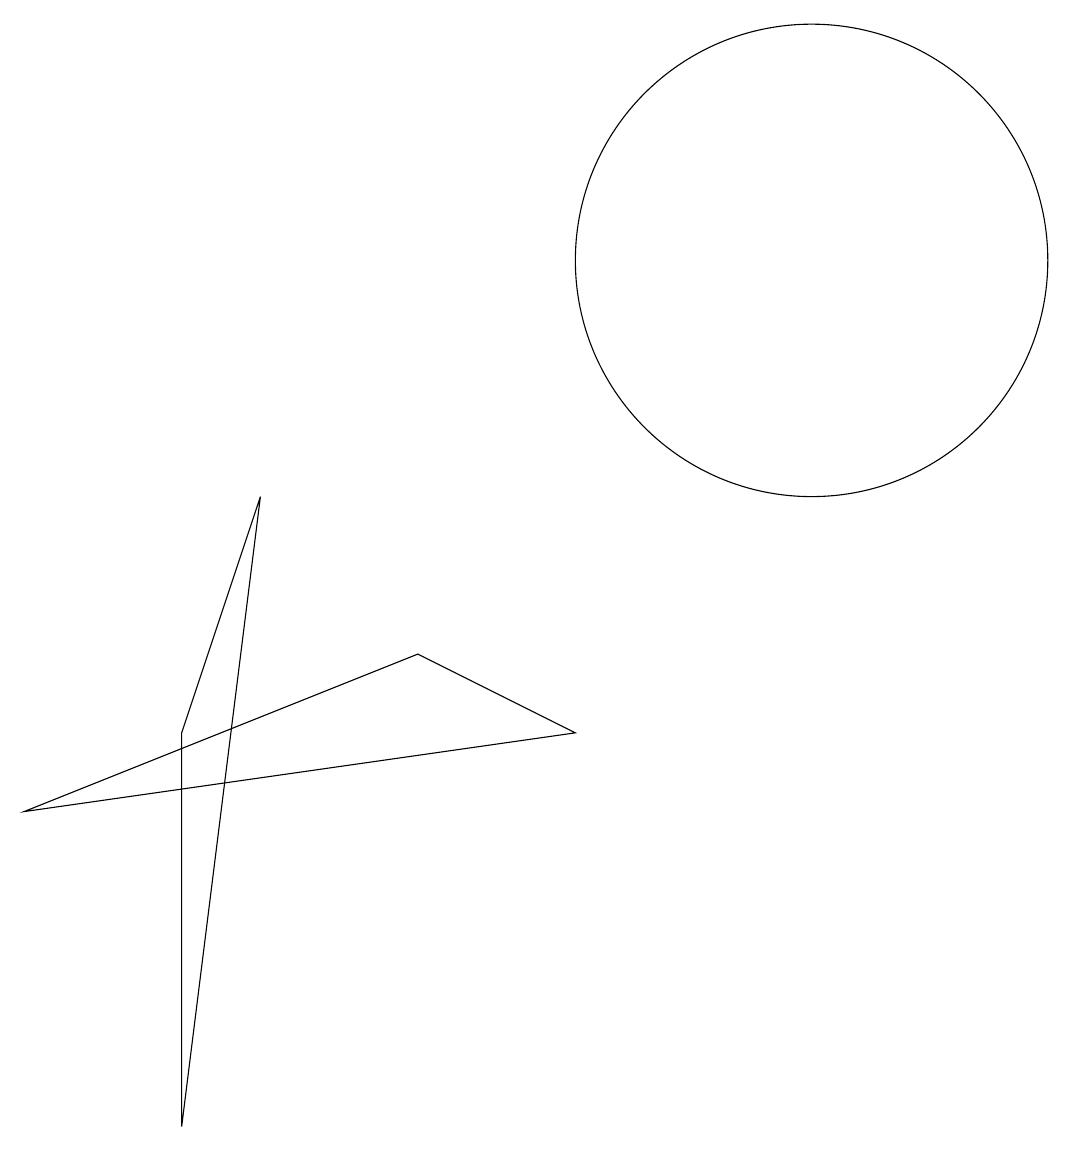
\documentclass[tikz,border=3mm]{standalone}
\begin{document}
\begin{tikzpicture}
\draw (12,11) circle (3);
\draw (9,5) -- (7,6) -- (2,4) -- cycle;
\draw (5,8) -- (4,0) -- (4,5) -- cycle;
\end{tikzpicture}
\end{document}